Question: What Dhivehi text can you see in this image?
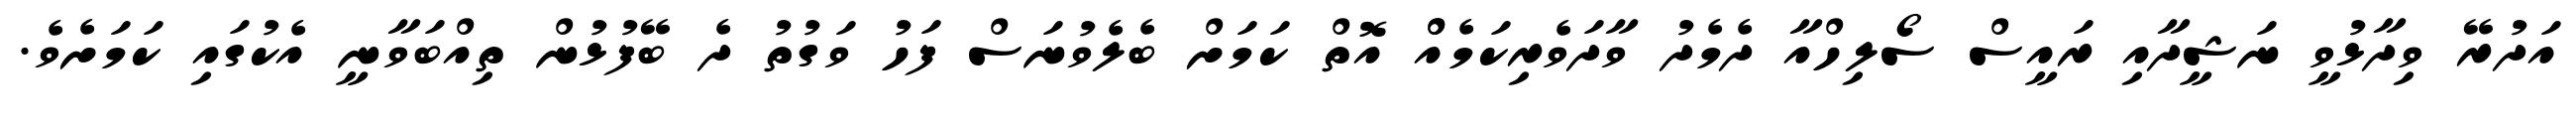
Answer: އަދުރޭ ވިދާޅުވީ ނަޝީދާއި ރައީސް ސޯލިހްއާ ދެމެދު ވާދަވެރިކަމެއްް އޮތް ކަމަށް ބެލެވުނަސް ފަހު ވަގުތު ދެ ބޭފުޅުން ތިއްބަވާނީ އެކުގައި ކަމަށެވެ.